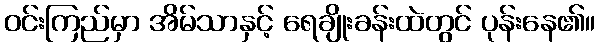
ဝင်းကြည်မှာ အိမ်သာနှင့် ရေချိုးခန်းထဲတွင် ပုန်းနေ၏။